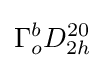
\Gamma _{o}^{b}D_{2h}^{20}